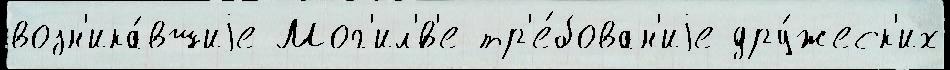
возн'ика́вшиjе Мог'ил'́в'е тр'е́бован'иjе дру́жеск'их